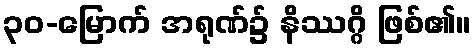
၃၀-မြောက် အရုဏ်၌ နိဿဂ္ဂိ ဖြစ်၏။